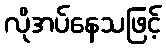
လိုအပ်နေသဖြင့်